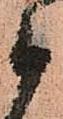
被